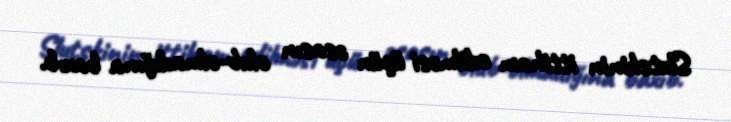
Slutskinin ittiham edilməsi üçün əsasın olub-olmadığına baxıb.